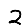
Digit: 2